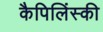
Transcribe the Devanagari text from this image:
कैपिलिंस्की